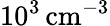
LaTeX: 10^{3}\, \mathrm{cm}^{-3}